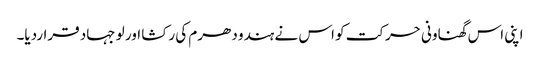
اپنی اس گھناونی حرکت کو اس نے ہندو دھرم کی رکشا اور لو جہاد قراردیا۔